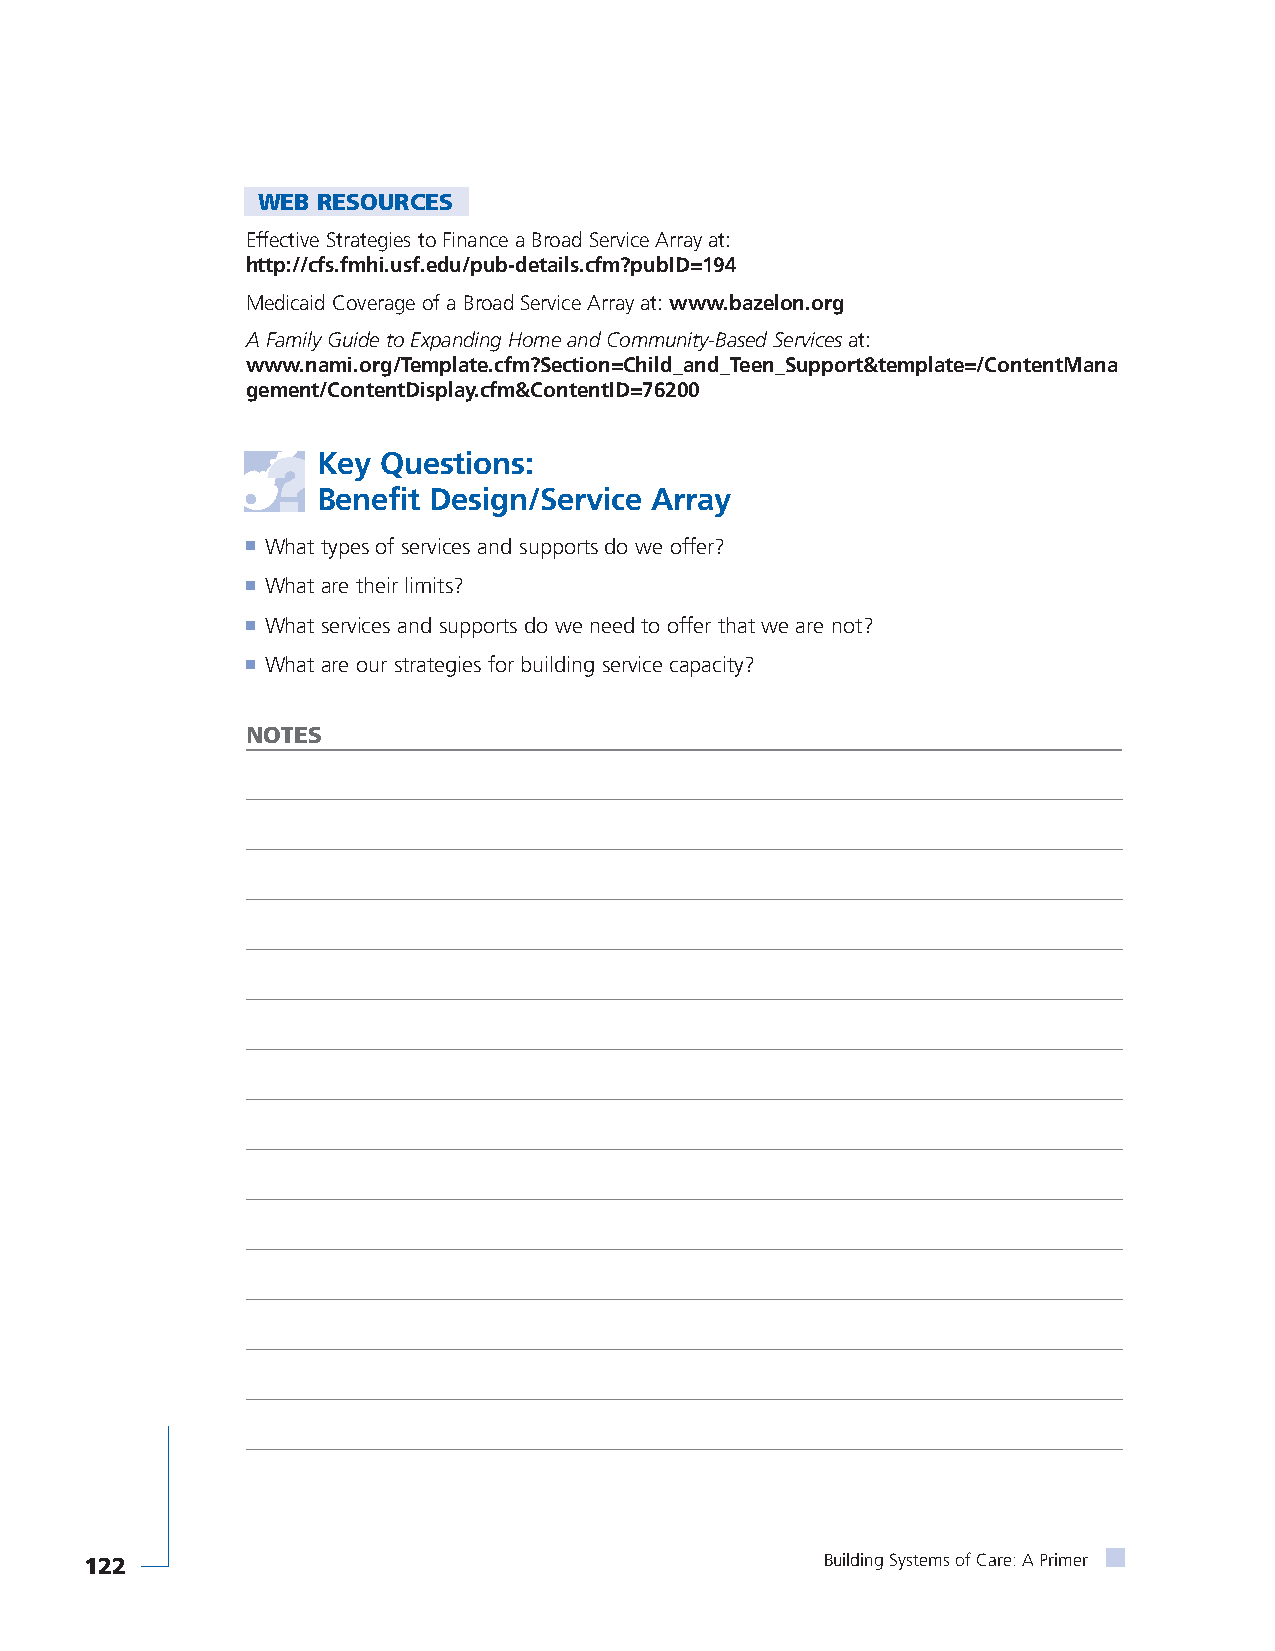
WEB RESOURCES
 Effective Strategies to Finance a Broad Service Array at:
 http://cfs.fmhi.usf.edu/pub-details.cfm?pubID=194
 Medicaid Coverage of a Broad Service Array at: www.bazelon.org
 A Family Guide to Expanding Home and Community-Based Servicesat:
 www.nami.org/Template.cfm?Section=Child_and_Teen_Support&template=/ContentMana
 gement/ContentDisplay.cfm&ContentID=76200
 Key Questions:
 Benefit Design/Service Array
 ■ What types of services and supports do we offer?
 ■ What are their limits?
 ■ What services and supports do we need to offer that we are not?
 ■ What are our strategies for building service capacity?
 NOTES
 122                                              Building Systems of Care: A Primer